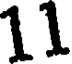
11